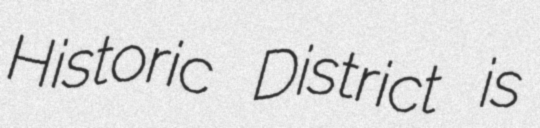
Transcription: Historic District is